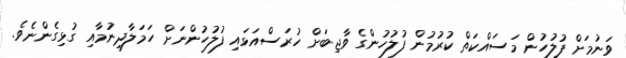
ވަނުމަށް ފުލުހުން މަސައްކަތް ކުރުމުން ފުލުހުންގެ ވާޖިބަށް ހުރަސްއަޅައި ފުލުހުންނަށް ހަމަލާދިނުމާއި ގުޅިގެންނެވެ.